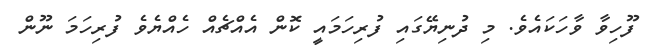
ފޫހިވާ ވާހަކައެވެ. މި ދުނިޔޭގައި ފުރިހަމައީ ކޮން އެއްޗެއް ހެއްޔެވެ ފުރިހަމަ ނޫން